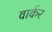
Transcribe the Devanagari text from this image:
वार्कर